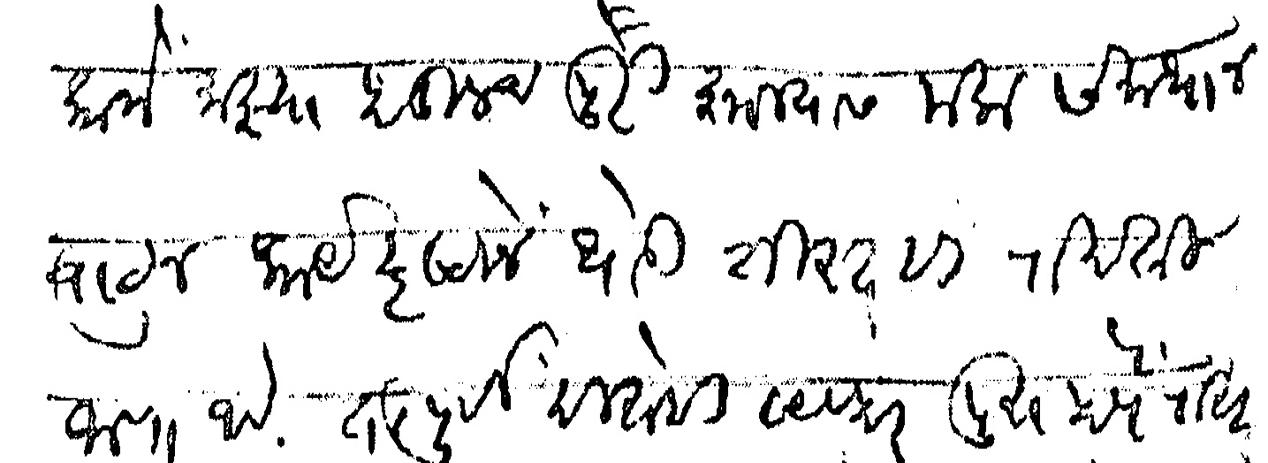
Transliteration (Devanagari): कामे माझ्या हातूनच पुरी झाल्यास मला समाधान वाटून कार्यदृष्टीने थोडी शिस्तही राखली जाणार आहे तत्पूर्वी हिशेबी व्यवहार पुरा होणे रास्त